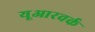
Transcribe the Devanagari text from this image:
यूआरवर्क